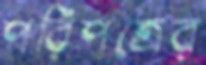
পরিপত্রের